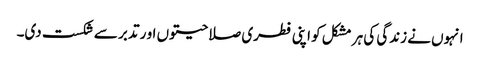
انہوں نے زندگی کی ہر مشکل کو اپنی فطری صلاحیتوں او ر تدبر سے شکست دی۔